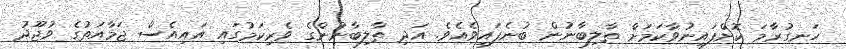
ހަނގުރާމަ ކޮށްފައިނުވާކަމަށް ތާލިބާނުން ބުނެފައިވެއެވެ. އަދި ތާލިބާނުންގެ ވެރިކަމުގައި އައިއެސް ޖަމާއަތުގެ ވުޖޫދު